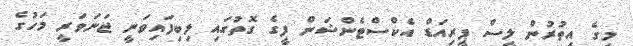
މީގެ އިތުރުން ލީސް ޕީރިއަޑް އެކްސްޓެންޝަން ފީގެ ގޮތުގައި ލިބިފައިވަނީ ޖަނަވަރީ މަހުގެ